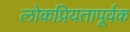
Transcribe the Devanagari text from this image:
लोकप्रियतापूर्वक